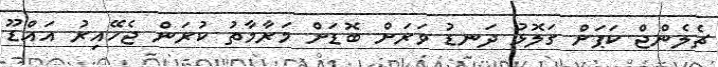
ޗެލެންޖް ކަޕަށް ގަލޮޅު ދަނޑު ވަރަށް ބޮޑަށް މަރާމާތު ކުރަން ޖެހޭއިރު އައްޑޫ